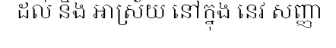
ដល់ និង ឤស្រ័យ នៅក្នុង នេវ សញ្ញា